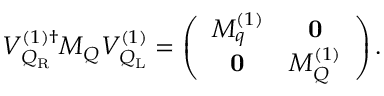
{ \cal V } _ { { \cal Q } _ { \mathrm { R } } } ^ { ( 1 ) \dagger } { \cal M } _ { \cal Q } { \cal V } _ { { \cal Q } _ { \mathrm { L } } } ^ { ( 1 ) } = \left( \begin{array} { c c } { { M _ { q } ^ { ( 1 ) } } } & { { { \bf 0 } } } \\ { { { \bf 0 } } } & { { M _ { Q } ^ { ( 1 ) } } } \end{array} \right) .